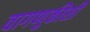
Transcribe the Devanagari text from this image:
वागणुकीशी